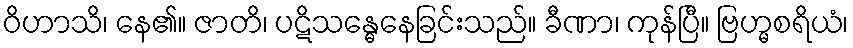
ဝိဟာသိ၊ နေ၏။ ဇာတိ၊ ပဋိသန္ဓေနေခြင်းသည်။ ခီဏာ၊ ကုန်ပြီ။ ဗြဟ္မစရိယံ၊